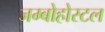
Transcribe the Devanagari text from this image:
जम्बोहोस्टल